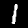
Digit: 1